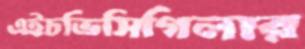
এইচভিসিগিলার